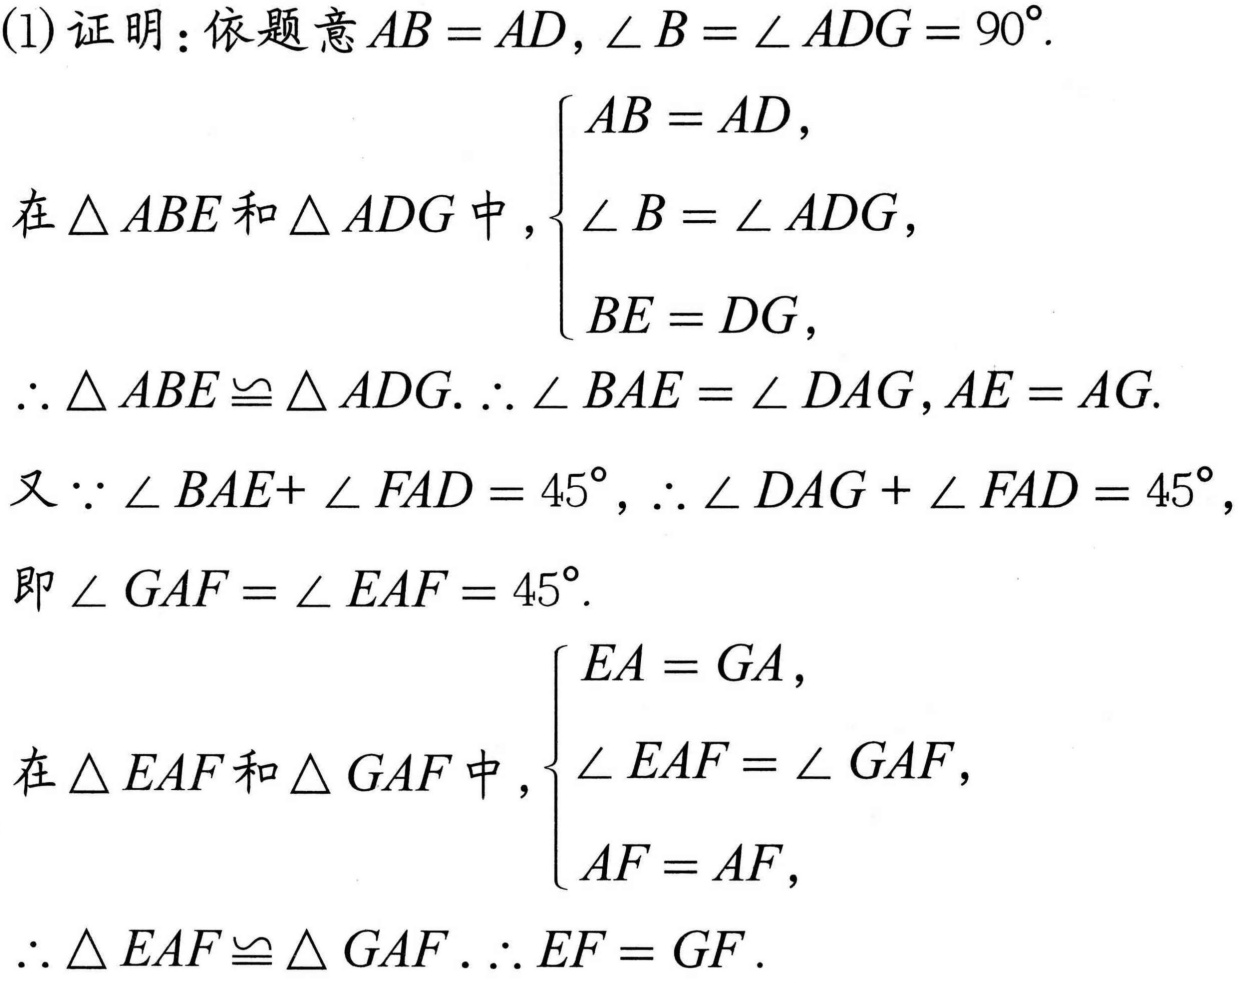
(1)证明：依题意\(AB = AD,\angle B=\angle ADG = 90^{\circ}\).
在\(\triangle ABE\)和\(\triangle ADG\)中，\(\begin{cases}AB = AD,\\\angle B=\angle ADG,\\BE = DG,\end{cases}\)
\(\therefore\triangle ABE\cong\triangle ADG.\therefore\angle BAE=\angle DAG,AE = AG\).
又\(\because\angle BAE+\angle FAD = 45^{\circ},\therefore\angle DAG+\angle FAD = 45^{\circ}\),
即\(\angle GAF=\angle EAF = 45^{\circ}\).
在\(\triangle EAF\)和\(\triangle GAF\)中，\(\begin{cases}EA = GA,\\\angle EAF=\angle GAF,\\AF = AF,\end{cases}\)
\(\therefore\triangle EAF\cong\triangle GAF.\therefore EF = GF\).